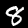
Digit: 8